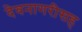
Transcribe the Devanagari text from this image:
देवनागरीसह